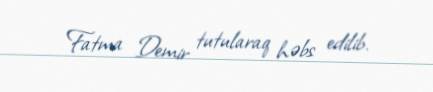
Fatma Demir tutularaq həbs edilib.